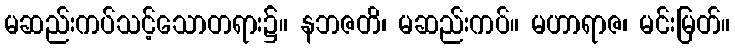
မဆည်းကပ်သင့်သောတရား၌။ နဘဇတိ၊ မဆည်းကပ်။ မဟာရာဇ၊ မင်းမြတ်။